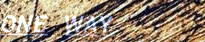
ONE WAY